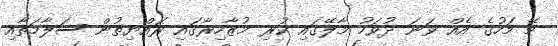
މޭ މަހުގެ އެއް ވަނަ ދުވަހު މާލޭގައި ކުރި މުޒާހިރާގައި ރައްޔިތުން ސަލާމަތާއި